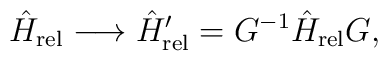
\hat H_{\rm rel} \longrightarrow  \hat H_{\rm rel}^\prime =G^{-1} \hat H_{\rm rel} G,